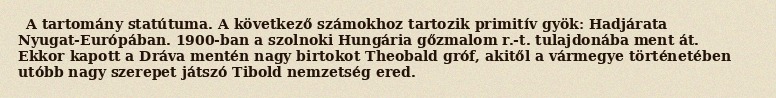
A tartomány statútuma. A következő számokhoz tartozik primitív gyök: Hadjárata Nyugat-Európában. 1900-ban a szolnoki Hungária gőzmalom r.-t. tulajdonába ment át. Ekkor kapott a Dráva mentén nagy birtokot Theobald gróf, akitől a vármegye történetében utóbb nagy szerepet játszó Tibold nemzetség ered.